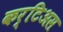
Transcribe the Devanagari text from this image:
कर्टिअस